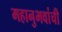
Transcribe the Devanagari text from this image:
महानुभवांची